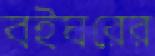
বইঘরের